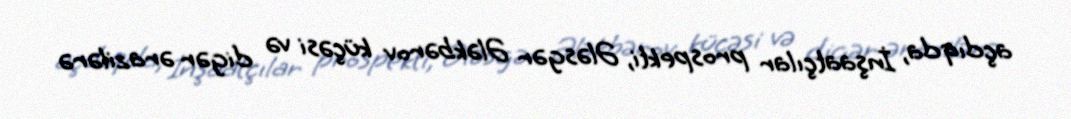
açdıqda, İnşaatçılar prospekti, Ələsgər Ələkbərov küçəsi və digər ərazilərə